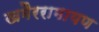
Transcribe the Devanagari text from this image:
खमैररामायण